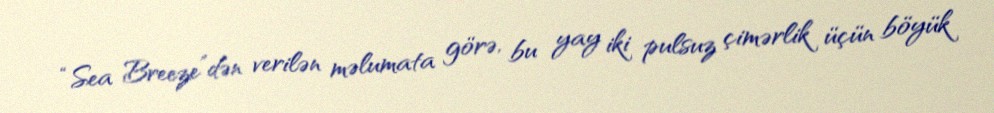
“Sea Breeze”dən verilən məlumata görə, bu yay iki pulsuz çimərlik üçün böyük